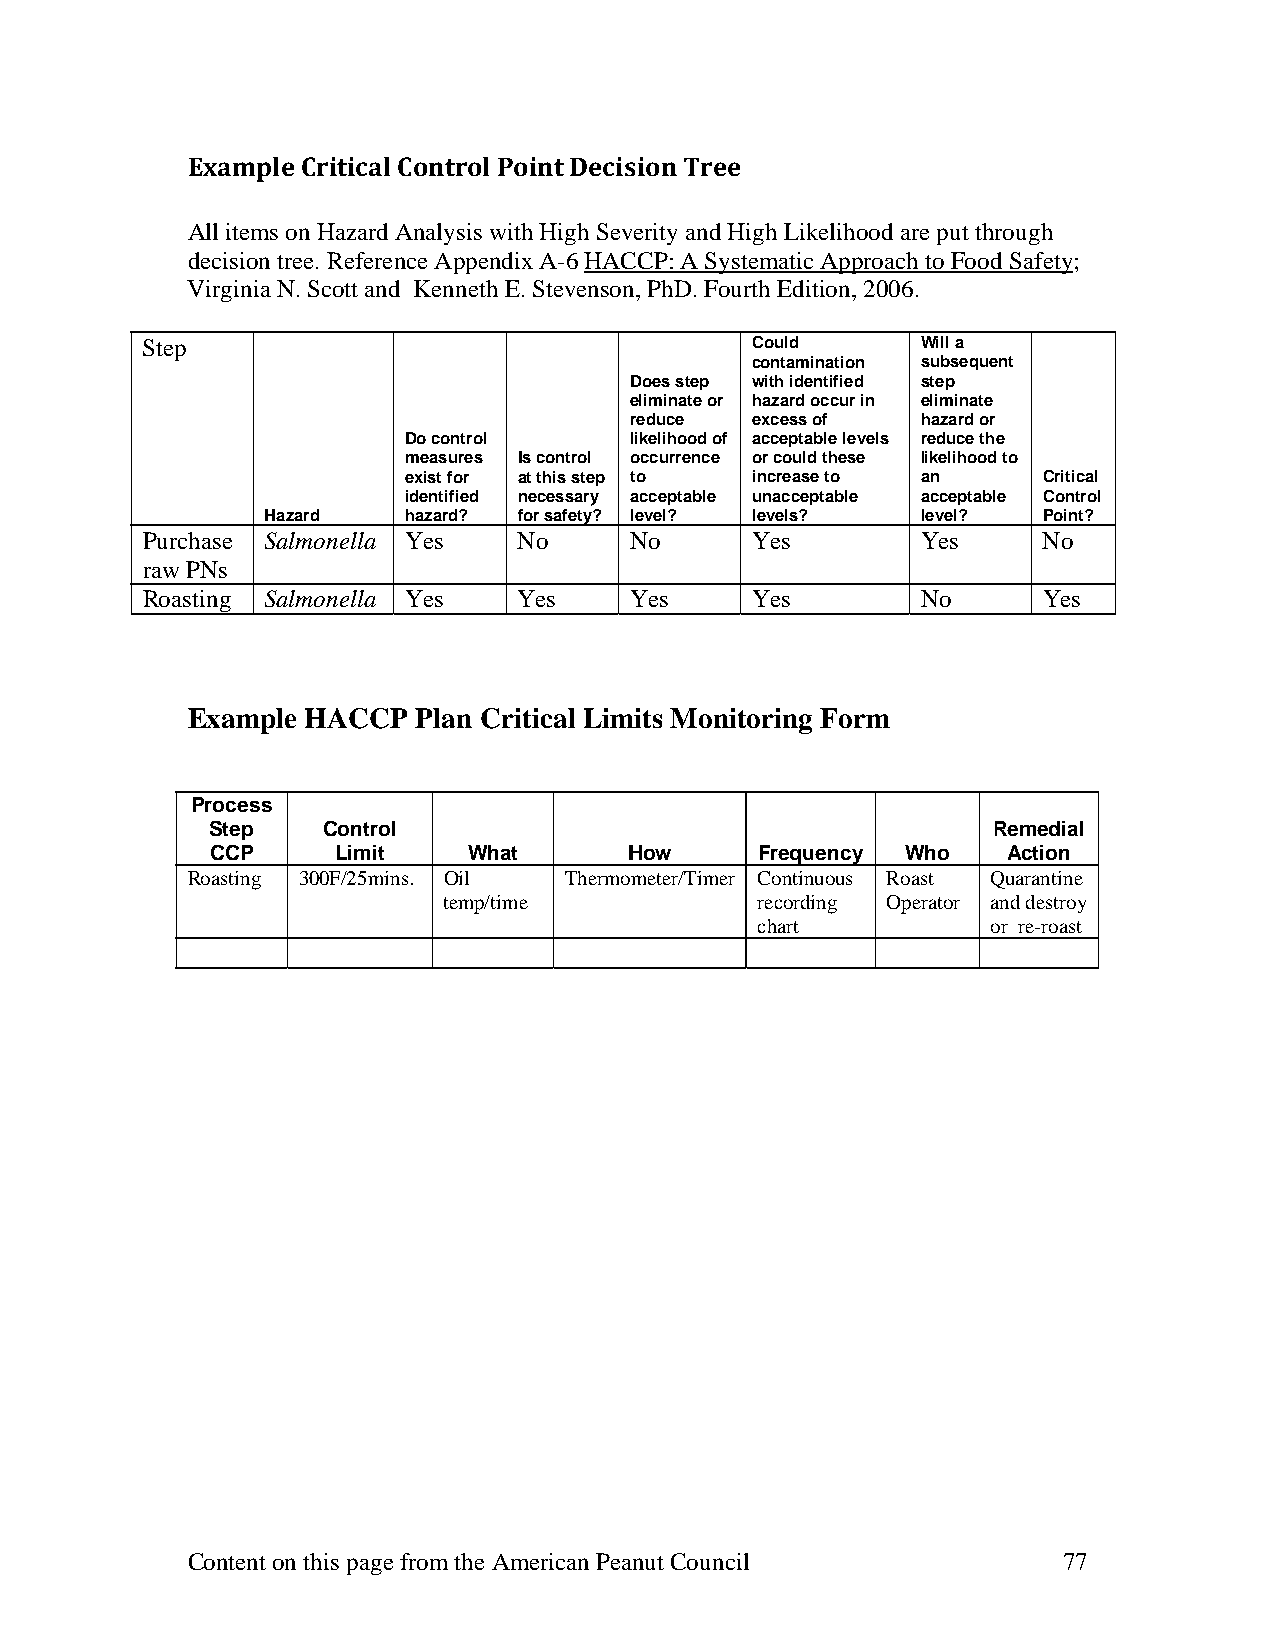
Example Critical Control Point Decision Tree
 All items on Hazard Analysis with High Severity and High Likelihood are put through
 decision tree. Reference Appendix A-6 HACCP: A Systematic Approach to Food Safety;
 Virginia N. Scott and Kenneth E. Stevenson, PhD. Fourth Edition, 2006.
 Step                                     Could      Will a
 contamination subsequent
 Does step with identified step
 eliminate or hazard occur in eliminate
 reduce  excess of  hazard or
 Do control     likelihood of acceptable levels reduce the
 measures Is control occurrence or could these likelihood to
 exist for at this step to increase to an  Critical
 identified necessary acceptable unacceptable acceptable Control
 Hazard   hazard? for safety? level? levels? level? Point?
 Purchase Salmonella Yes  No      No      Yes        Yes     No
 raw PNs
 Roasting Salmonella Yes  Yes     Yes     Yes        No      Yes
 Example HACCP   Plan Critical Limits Monitoring Form
 Process
 Step   Control                                      Remedial
 CCP     Limit    What       How     Frequency Who    Action
 Roasting 300F/25mins. Oil Thermometer/Timer Continuous Roast Quarantine
 temp/time            recording Operator and destroy
 chart           or re-roast
 Content on this page from the American Peanut Council     77